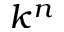
k ^ { n }